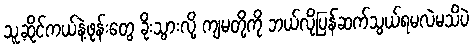
သူ့ဆိုင်ကယ်နဲ့ဖုန်းတွေ ခိုးသွားလို့ ကျမတို့ကို ဘယ်လိုပြန်ဆက်သွယ်ရမလဲမသိပဲ